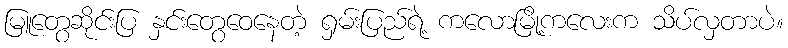
မြူတွေဆိုင်းပြ နှင်းတွေဝေနေတဲ့ ရှမ်းပြည်ရဲ့ ကလောမြို့ကလေးက သိပ်လှတာပဲ။